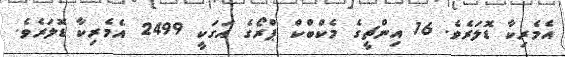
އެމެރިކާ ޑޮލަރެވެ. 16 އިންޗީގެ މެކްބްކް ޕްރޯގެ އަގަކީ 2499 އެމެރިކާ ޑޮލަރެވެ.